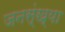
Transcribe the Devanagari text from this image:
जनस्ंख्या